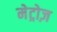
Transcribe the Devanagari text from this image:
मेट्रोज़